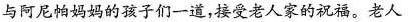
与阿尼帕妈妈的孩子们一道，接受老人家的祝福。老人